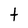
Character: t